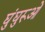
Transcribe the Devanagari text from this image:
घुंघुरूओं